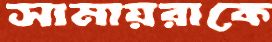
সামায়রাকে